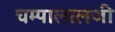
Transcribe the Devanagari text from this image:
चम्पालालजी